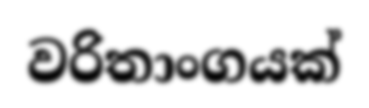
වරිතාංගයක්